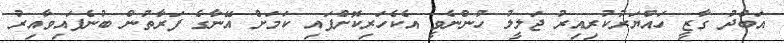
އަބްދު ގާޒީ ހައްޔަރުކުރިއިރު ޖަލީލު ހުންނެވީ އެކެހަރިކޮށްފައި ކަމަށް އޭނާގެ ފަރާތުން ބުނެފައިވާއިރު